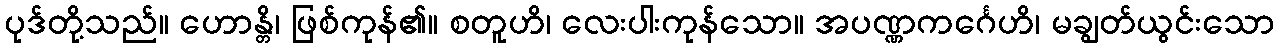
ပုဒ်တို့သည်။ ဟောန္တိ၊ ဖြစ်ကုန်၏။ စတူဟိ၊ လေးပါးကုန်သော။ အပဏ္ဏကင်္ဂေဟိ၊ မချွတ်ယွင်းသော